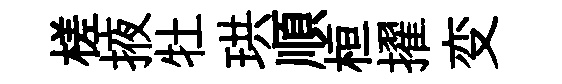
槎掖牡珙順桓擢变